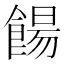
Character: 餳